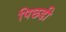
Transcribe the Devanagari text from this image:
पिछडी